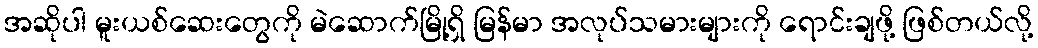
အဆိုပါ မူးယစ်ဆေးတွေကို မဲဆောက်မြို့ရှိ မြန်မာ အလုပ်သမားများကို ရောင်းချဖို့ ဖြစ်တယ်လို့